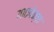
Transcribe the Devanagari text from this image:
७००पेक्षा